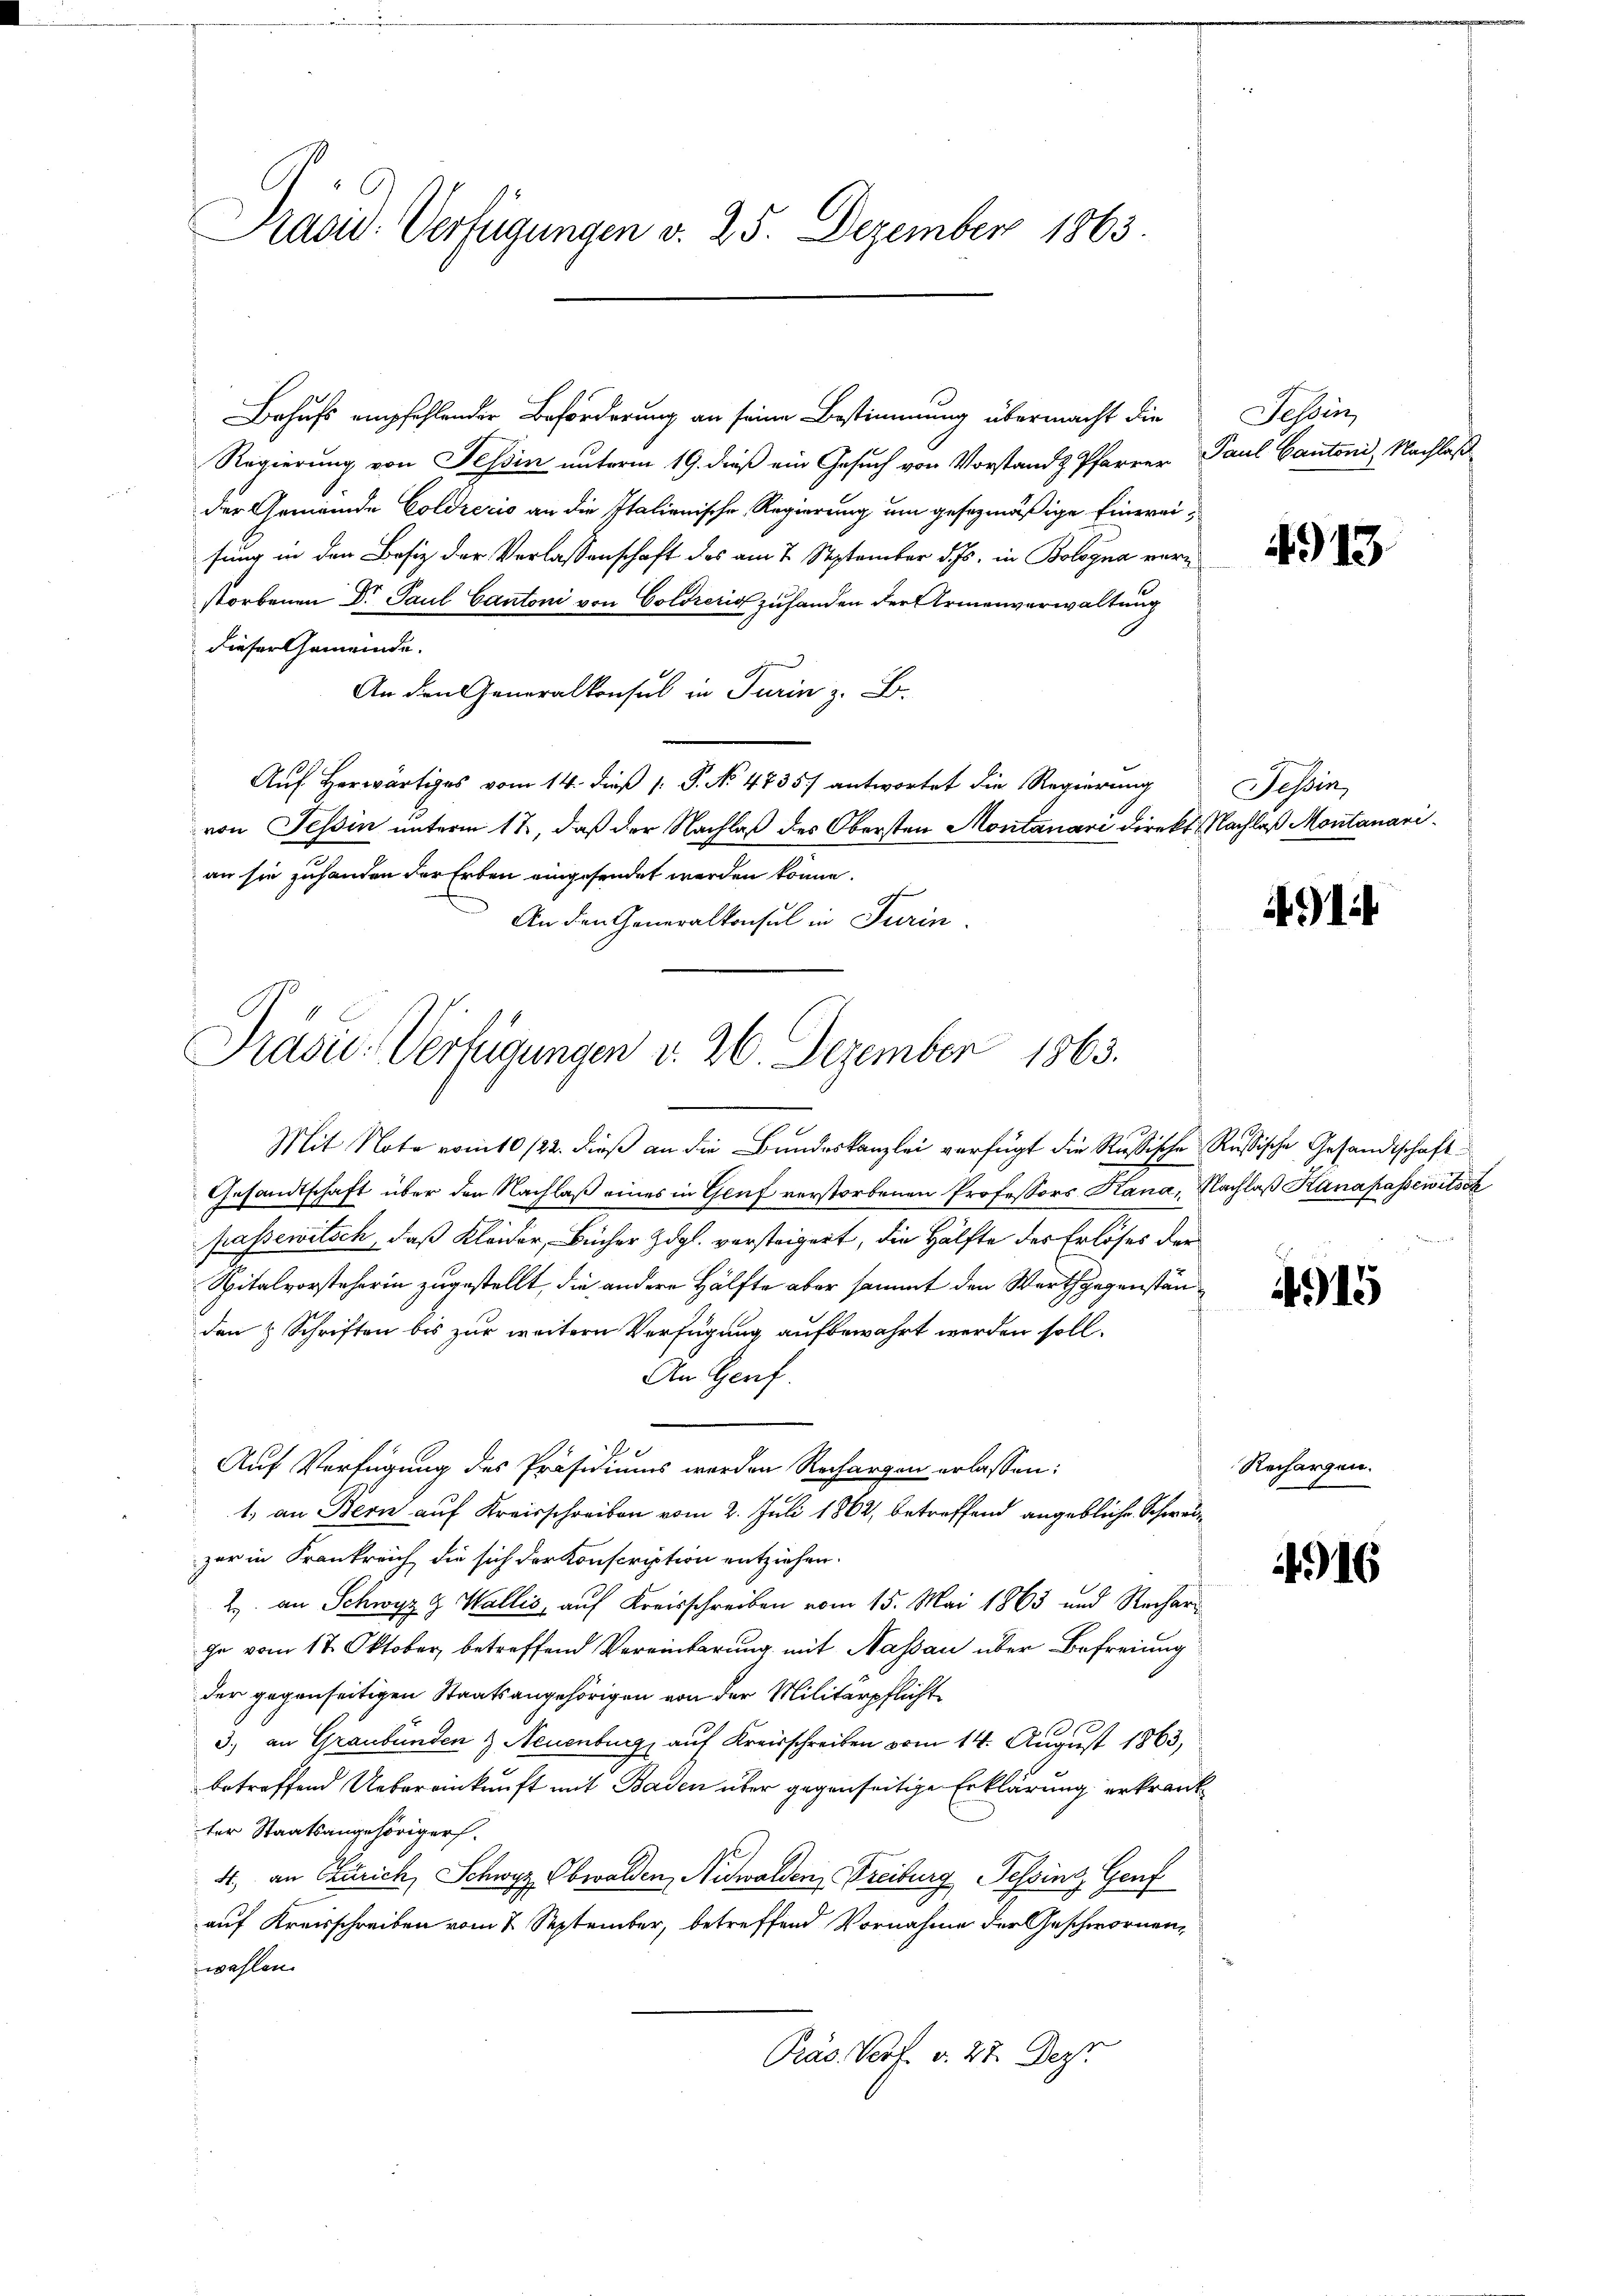
Präsid. Verfügungen v. 25. Dezember 1863

Behufs empfehlender Beförderung an seine Bestimmung übermacht die
Regierung von Tessin unterm 19. dieß ein Gesuch von Vorstand Pfarrer Paul Cantoni, Nachlaß
der Gemeinde Coldrecio an die Italienische Regierung um gesezmäßige Einweifung in den Besiz der Verlassenschaft des am 7. September d. Js. in Bologna verstorbenen Dr. Paul Cantoni von Goldreris zuhanden der Armenverwaltung
dieser Gemeinde.
An den Generalkonsul in Turin z. B.
Aŭf herwärtiges vom 14. dieβ (: P. No. 4735. antwortet die Regierŭng
von Tessin unterm 12, daß der Nachlaß des Obersten Montanari direkt Nachlaß Montanarian sie zuhanden der Erben eingesendet werden könne.
An den Generalkonsul in Turin

Präsid.: Verfügungen v. 26. Dezember 1863.

Mit Note vom 10/22. dieß an die Bundeskanzlei verfügt die Russische
Gesandtschaft über den Nachlaß eines in Genf verstorbenen Professors Kana, Nachlaβ Kana passewitsch
passewitsch, daß Kleider, Bücher dgl. versteigert, die Hälfte des Erlöses der
Spitalvorsteherin zugestellt, die andere Hälfte aber sammt den Werthgegenständen & Schriften bis zur weitern Verfügung aufbewahrt werden soll.
An Genf.
Auf Verfügung des Präsidiums werden Rechargen erlassen:
1. an Bern auf Kreisschreiben vom 2. Juli 1862, betreffend angebliche Schweizar in Frankreich die sich der Konscription entziehen.
2. an Schwyz & Wallis, auf Kreisschreiben vom 15. Mai 1863 und Rechar
ge vom 17. Oktober, betreffend Vereinbarung mit Nassau über Befreiung
der gegenseitigen Staatsangehörigen von der Militärpflicht¬
3.
3., an Graubünden & Neuenburg, auf Kreisschreiben vom 14. August 1863,
betreffend Uebereinkunft mit Baden über gegenseitige Erklärung erkrank
ter Staatsangehörigers.
4, an Zürich, Schwyz, Obwalden, Nidwalden Freiburg Tessing, Genf
auf Kreisschreiben vom 7. September, betreffend Vornahme der Geschwornen,
wahlen.
Präs. Prof. v. 27. Dezt

Tessin

4913

Tessin,

491

Russische Gesandtschaft

15

Rechargen.

416